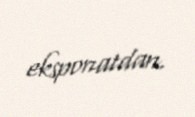
eksponatdan.